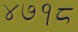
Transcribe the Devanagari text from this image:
४७१८